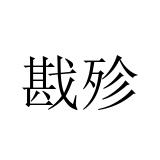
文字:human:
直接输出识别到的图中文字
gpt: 戡殄